system: You are a helpful assistant.
user:
Analyze the provided spectrum to determine if it is a **M-type Giant (gM)**.

A M-type Giant spectrum is defined by its **strong molecular absorption** features, particularly from **Titanium Oxide (TiO)**. You must check for one of the following mutually exclusive signatures:

- **Key Visual Indicators (Absorption-Dominated Spectrum):**

    - **(Primary):** The spectrum is dominated by strong molecular absorption from **Titanium Oxide (TiO)**. This is the **defining feature** of its M-type temperature class.
        - **(Key Bandheads):** Look for sharp, "saw-tooth" absorption valleys. The strongest are located near **~7050 Å**, **~6160 Å**, and **~5170 Å**.
        - **(Line Profile):** The "saw-tooth" morphology is critical: a **sharp, steep drop on the BLUE (short-wavelength) side** of the bandhead, followed by a gradual recovery (rising flux) towards the RED (long-wavelength) side.

    - **(Key Confirmation - Giant vs. Dwarf):** **ABSENCE** of strong **Calcium Hydride (CaH)** molecular bands. This is the primary diagnostic for *excluding* M-dwarfs.
        - **(Key Region):** The spectrum should lack the strong, broad absorption band seen in dwarfs between **~6800 Å and ~7000 Å**.

    - **(Secondary Confirmation - Giant):** A very strong and broad **Neutral Calcium (Ca I)** atomic absorption line.
        - **(Key Line):** Located at **~4226 Å**. In a giant (gM), this line is significantly deeper and broader than the same line in an M-dwarf (dM) due to low surface gravity.

    - **(Overall Spectrum):**
        - The continuum is **extremely red-sloping** (i.e., flux is very low in the blue and rises dramatically towards the red).
        - The entire spectrum appears "chopped up" by the deep TiO bands.

Think first, call **spectral_visualization_tool** if needed to examine features in detail, then provide your final answer. Your response must adhere to the following strict rules:
1.  **Overall Structure:** Your response must follow the format `<think>...</think> <tool_call>...</tool_call> (if a tool is used) <answer>...</answer>`.
2.  **Tool Usage Constraint:** You may only make **one** tool call per turn.
3.  **Final Answer Format:** In the `<answer>` tag, your conclusion must be inside a `\boxed{}` command (e.g., `\boxed{YES}` or `\boxed{NO}`), followed by your justification.

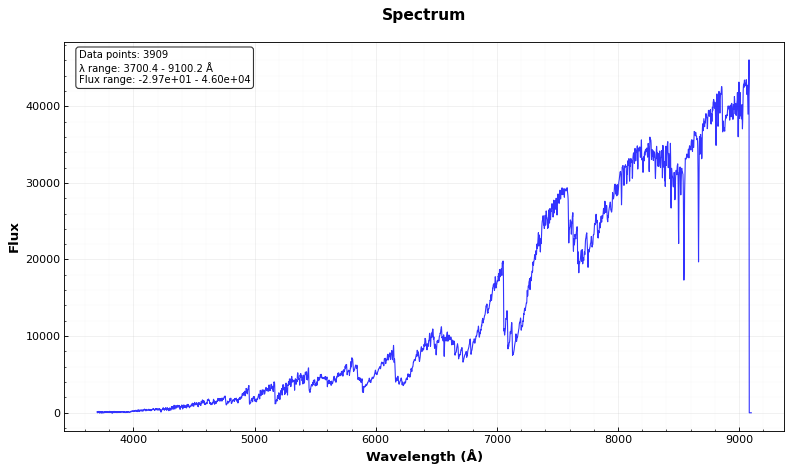
Answer: YES